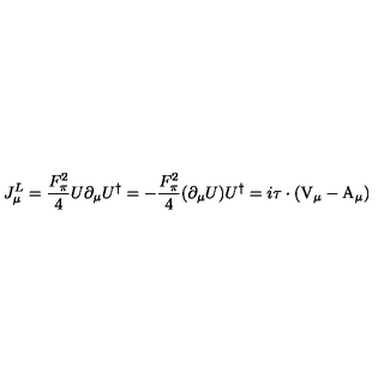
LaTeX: J _ { \mu } ^ { L } = \frac { F _ { \pi } ^ { 2 } } { 4 } U \partial _ { \mu } U ^ { \dag } = - \frac { F _ { \pi } ^ { 2 } } { 4 } ( \partial _ { \mu } U ) U ^ { \dag } = i \mathrm { \boldmath \tau } \cdot ( \mathrm { \boldmath V } _ { \mu } - \mathrm { \boldmath A } _ { \mu } )